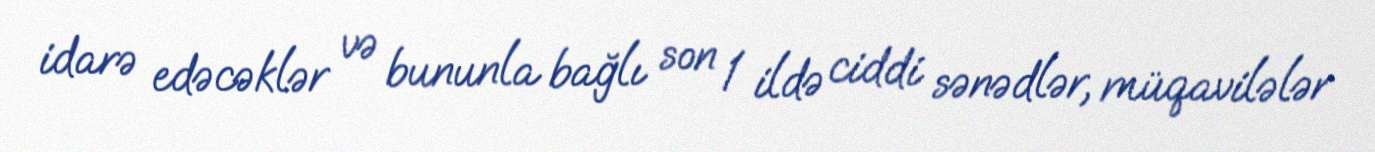
idarə edəcəklər və bununla bağlı son 1 ildə ciddi sənədlər, müqavilələr